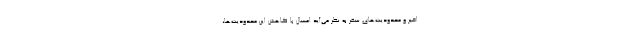
اخیر و محدودیت‌های سفر به نظر می‌آید امسال با کاهش این محدودیت‌ها،